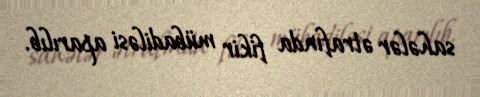
sahələr ətrafında fikir mübadiləsi aparılıb.